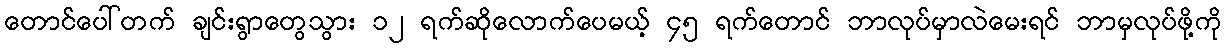
တောင်ပေါ်တက် ချင်းရွာတွေသွား ၁၂ ရက်ဆိုလောက်ပေမယ့် ၄၅ ရက်တောင် ဘာလုပ်မှာလဲမေးရင် ဘာမှလုပ်ဖို့ကို